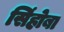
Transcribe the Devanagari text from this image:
सिंहोबा